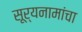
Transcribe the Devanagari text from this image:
सूर्यनामांचा